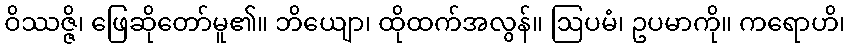
ဝိဿဇ္ဇိ၊ ဖြေဆိုတော်မူ၏။ ဘိယျော၊ ထိုထက်အလွန်။ ဩပမံ၊ ဥပမာကို။ ကရောဟိ၊